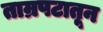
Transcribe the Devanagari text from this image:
ताम्रपटातून